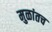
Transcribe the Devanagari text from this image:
मुळांतच